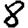
Digit: 8